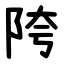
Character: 陓